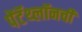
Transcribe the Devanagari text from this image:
पेंटॅथ्लॉनची